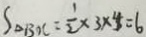
S _ { \Delta B O C } = \frac { 1 } { 2 } \times 3 \times 4 = 6